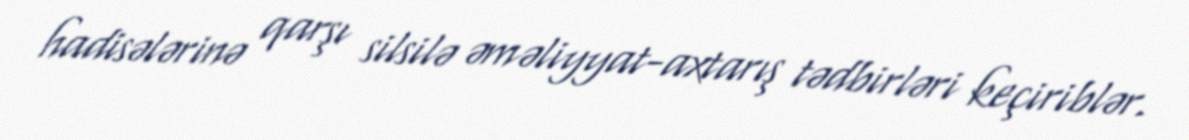
hadisələrinə qarşı silsilə əməliyyat-axtarış tədbirləri keçiriblər.